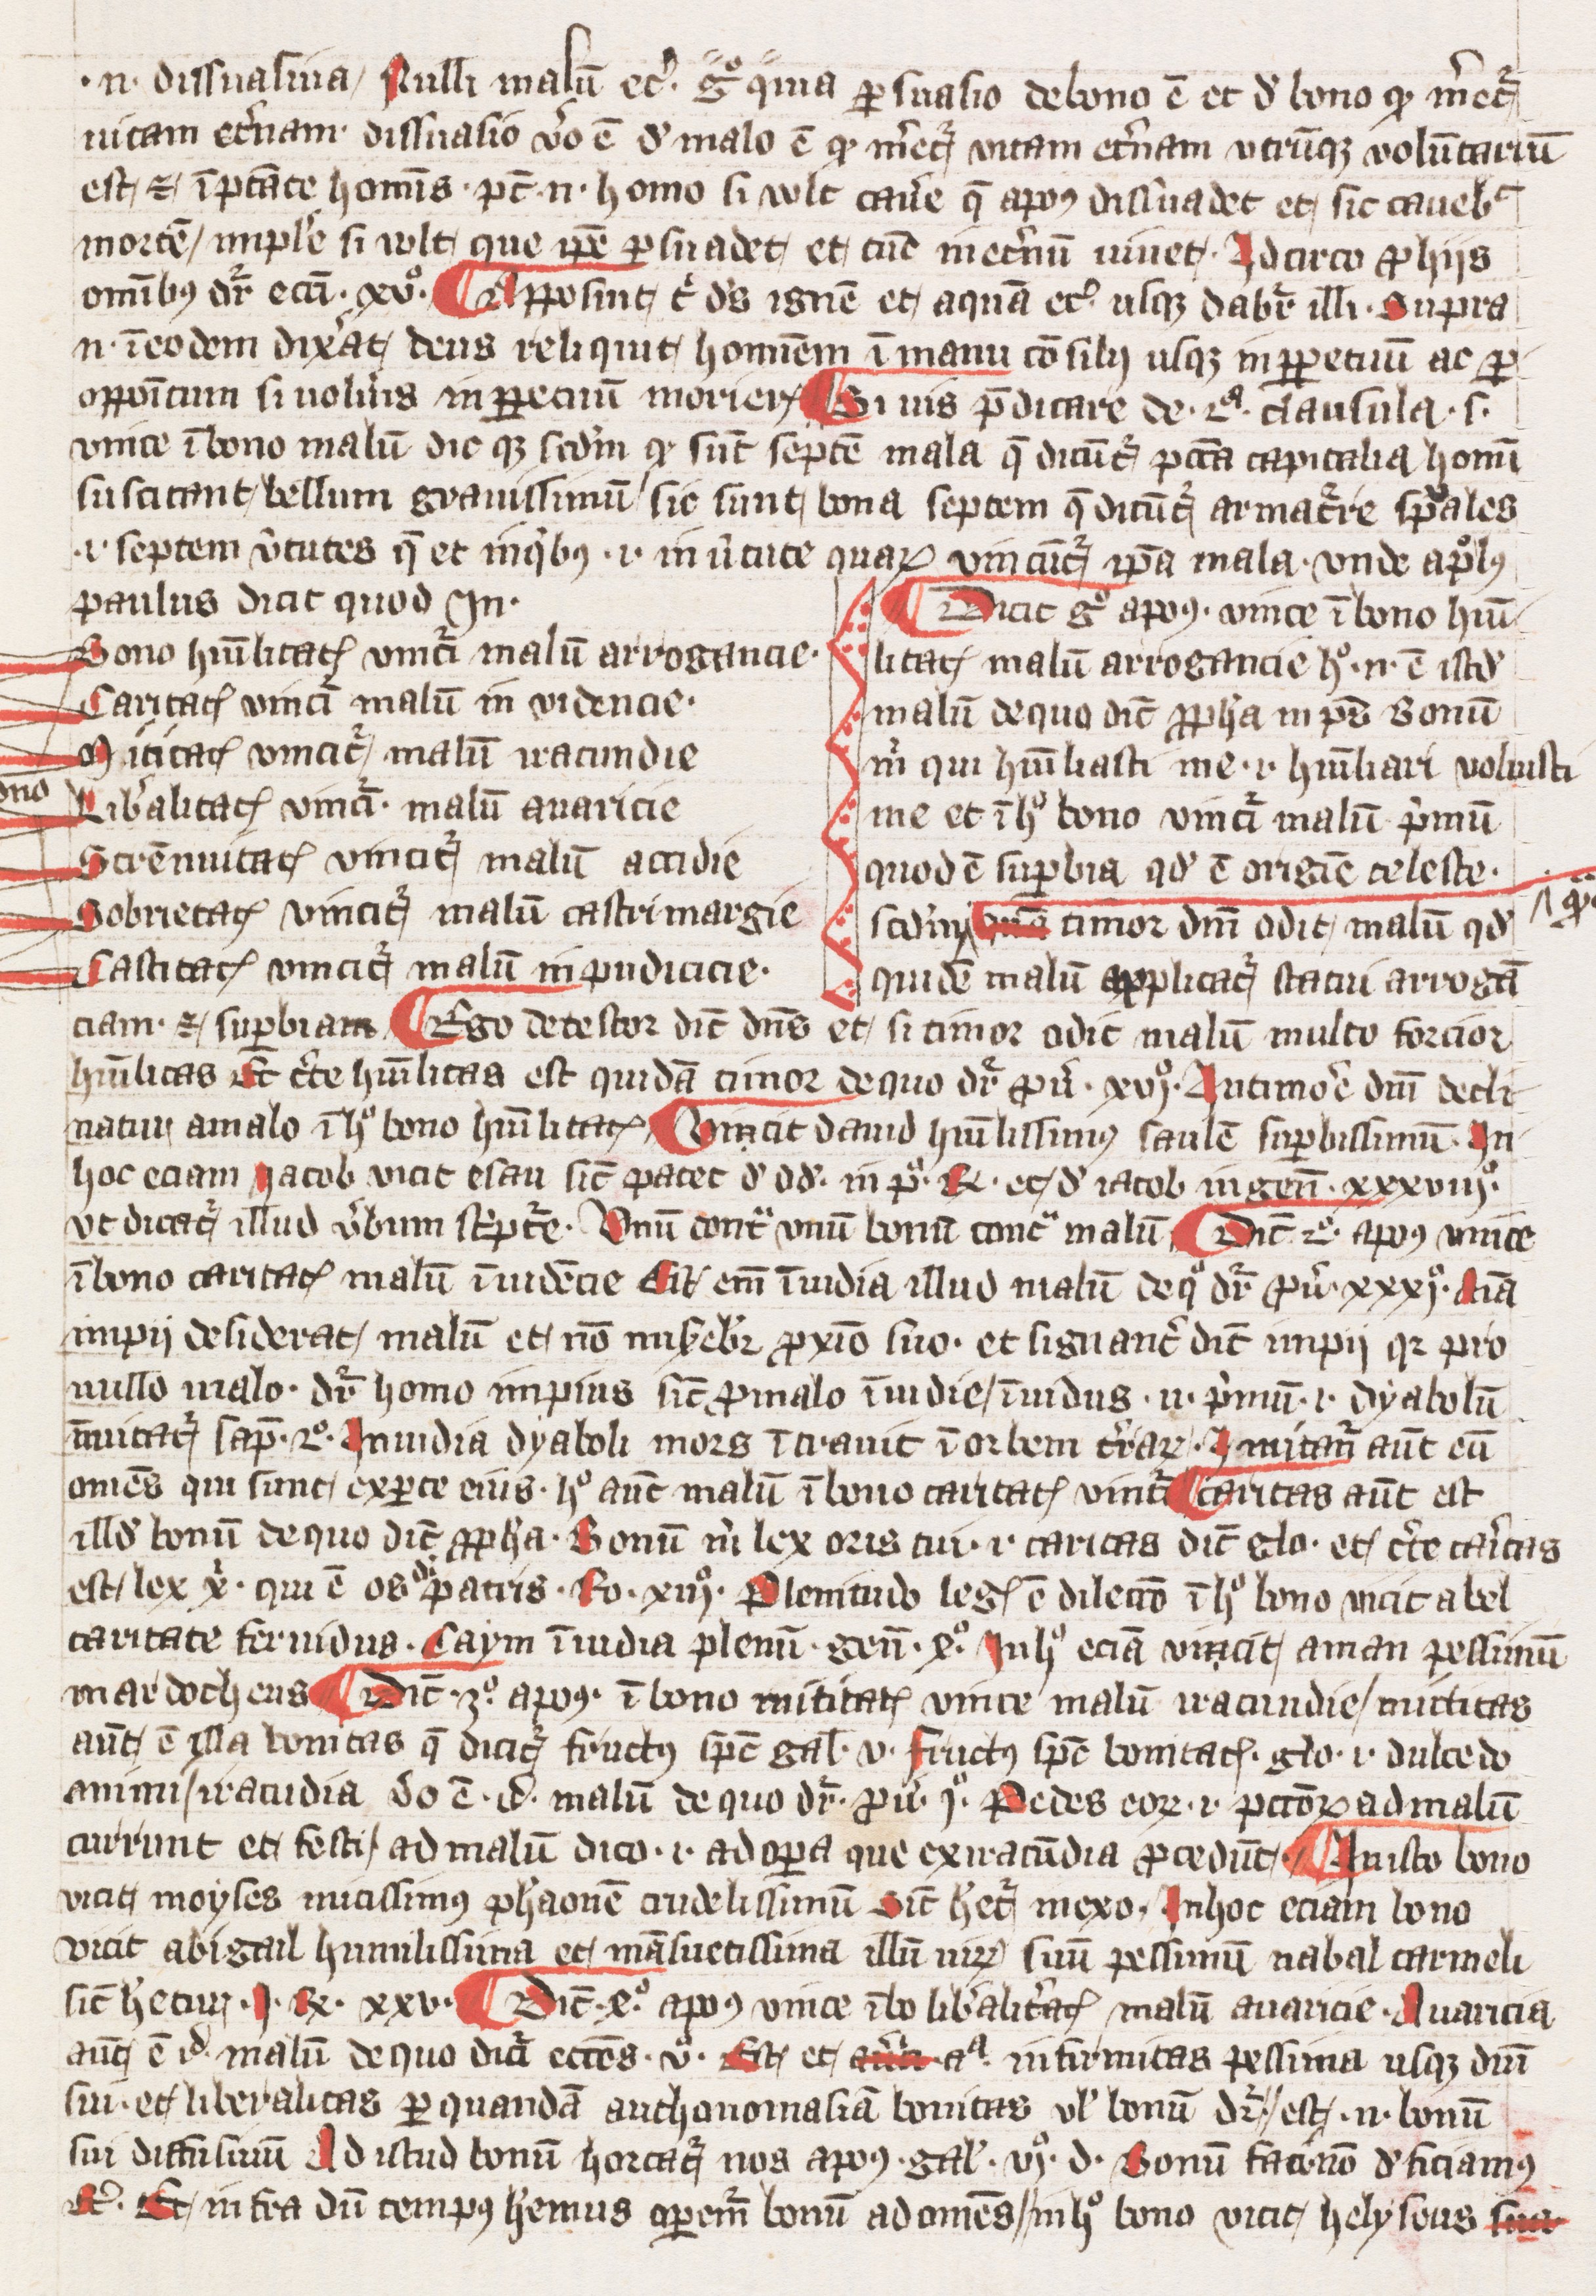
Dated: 1393–1393